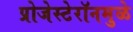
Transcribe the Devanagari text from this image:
प्रोजेस्टेरॉनमुळे